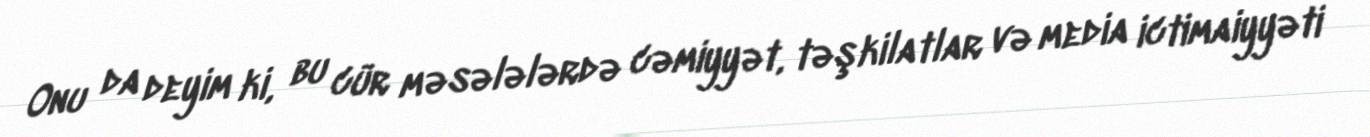
Onu da deyim ki, bu cür məsələlərdə cəmiyyət, təşkilatlar və media ictimaiyyəti